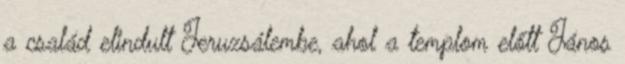
a család elindult Jeruzsálembe, ahol a templom előtt János